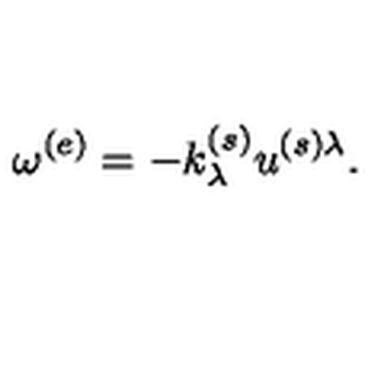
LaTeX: \omega ^ { ( e ) } = - k _ { \lambda } ^ { ( s ) } u ^ { ( s ) \lambda } .